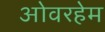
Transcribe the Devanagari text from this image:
ओवरहेम